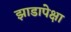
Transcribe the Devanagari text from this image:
झाडापेक्षा